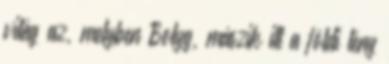
világ az, melyben Bolyg, mászik itt a földi lény